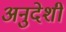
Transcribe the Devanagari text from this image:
अनुदेशी